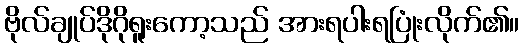
ဗိုလ်ချုပ်ဒိုဂိုရူးကော့သည် အားရပါးရပြုံးလိုက်၏။